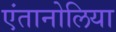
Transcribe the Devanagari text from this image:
एंतानोलिया